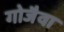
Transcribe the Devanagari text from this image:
गोजैवा